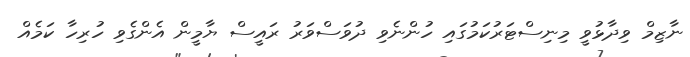
ނާޒިމް ވިދާޅުވީ މިނިސްޓަރުކަމުގައި ހުންނެވި ދުވަސްވަރު ރައީސް ޔާމީން އެންގެވި ހުރިހާ ކަމެއް